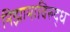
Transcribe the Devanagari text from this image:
निझामाविरुद्ध